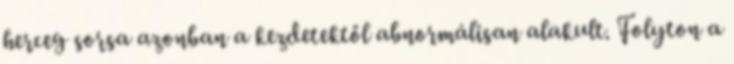
herceg sorsa azonban a kezdetektől abnormálisan alakult. Folyton a